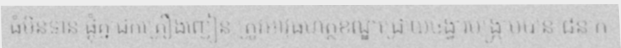
ធំមិនទាន់ ផ្តុំគ្នាជក់គ្រឿងញៀន ត្រូវអាវុធហត្ថខណ្ឌជ្រោយចង្វារបង្ក្រាបបាន ៨នាក់